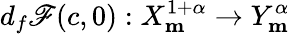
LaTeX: d_{f}\mathscr{F}(c,0):X_{\mathbf{m}}^{1+\alpha}\rightarrow Y_{\mathbf{m}}^{\alpha}